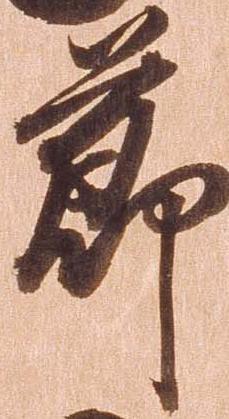
節